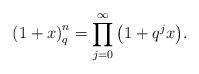
LaTeX: \begin{align*}\left( {1 + x} \right)_q^n = \prod\limits_{j = 0}^{\infty}{\left( {1 + q^j x} \right)}.\end{align*}